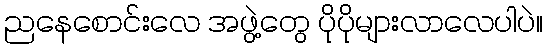
ညနေစောင်းလေ အဖွဲ့တွေ ပိုပိုများလာလေပါပဲ။